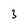
Character: 3